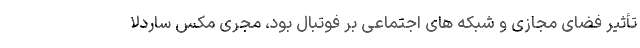
تأثیر فضای مجازی و شبکه های اجتماعی بر فوتبال بود، مجری مکس ساردلا